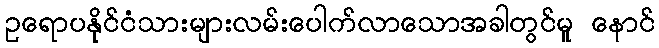
ဥရောပနိုင်ငံသားများလမ်းပေါက်လာသောအခါတွင်မူ နောင်